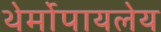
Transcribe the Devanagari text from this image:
थेर्मोपायलेय